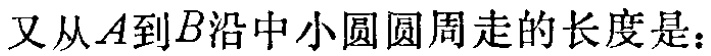
又从\(A\)到\(B\)沿中小圆圆周走的长度是：